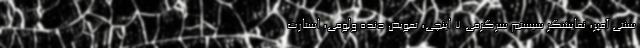
سنتی آمپر، نمایشگر سیستم سرگرمی 7 اینچی، تعویض دنده ولومی، استارت